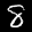
Digit: 8